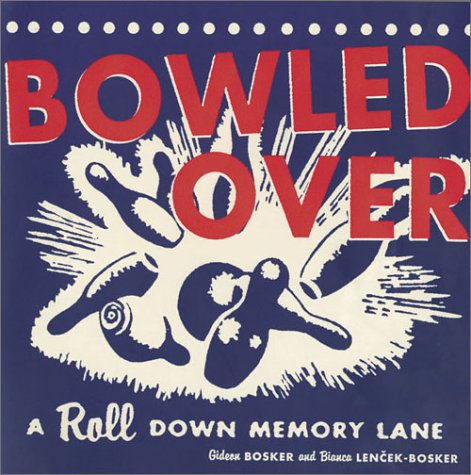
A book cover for Bowled Over: A Roll Down Memory Lane; Gideon Bosker; Sports & Outdoors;